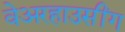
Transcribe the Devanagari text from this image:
वेअरहाउसींग